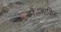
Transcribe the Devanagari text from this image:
डॉ॰जाकिर